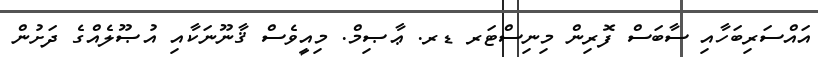
އައްސަރިބަހާއި ސާބަސް ފޮރިން މިނިސްޓަރ ޑރ. ޢާޞިމް. މިއީވެސް ޤާނޫނަކާއި އުޞޫލެއްގެ ދަށުން